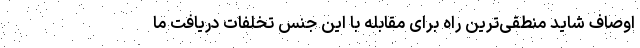
اوصاف شاید منطقی‌ترین راه برای مقابله با این جنس تخلفات دریافت ما